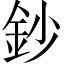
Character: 鈔